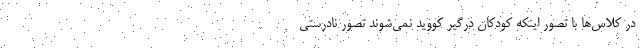
در کلاس‌ها با تصور اینکه کودکان درگیر کووید نمی‌شوند تصور نادرستی